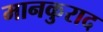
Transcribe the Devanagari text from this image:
मानकुराद